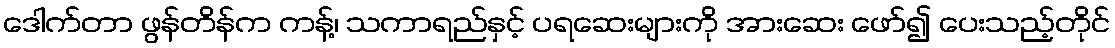
ဒေါက်တာ ဖွန်တိန်က ကန့်၊ သကာရည်နှင့် ပရဆေးများကို အားဆေး ဖော်၍ ပေးသည့်တိုင်